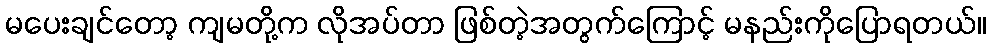
မပေးချင်တော့ ကျမတို့က လိုအပ်တာ ဖြစ်တဲ့အတွက်ကြောင့် မနည်းကိုပြောရတယ်။